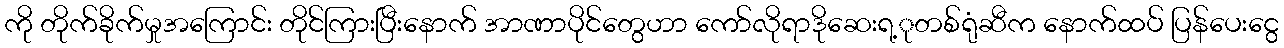
ကို တိုက်ခိုက်မှုအကြောင်း တိုင်ကြားပြီးနောက် အာဏာပိုင်တွေဟာ ကော်လိုရာဒိုဆေးရ့ုတစ်ရုံဆီက နောက်ထပ် ပြန်ပေးငွေ